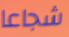
شجاعا